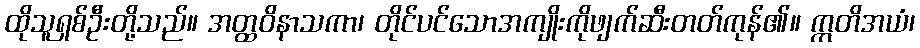
ထိုသူရှစ်ဦးတို့သည်။ အတ္ထဝိနာသကာ၊ တိုင်ပင်သောအကျိုးကိုဖျက်ဆီးတတ်ကုန်၏။ ဣတိအယံ၊